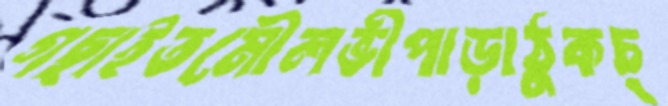
গছাইতমৌলভীপাড়াঠুকচ্